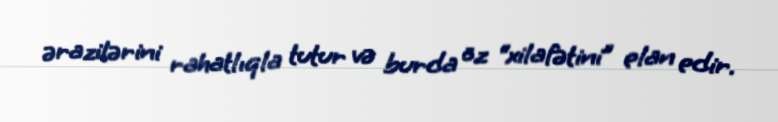
ərazilərini rahatlıqla tutur və burda öz “xilafətini” elan edir.